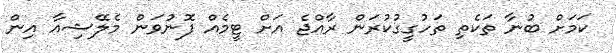
ކަމަށް ބުނާ ތަކެތި ތަހުގީގުކުރަން ރާއްޖެ އަށް ޓީމެއް ފޮނުވަން މެލޭޝިއާ އިން